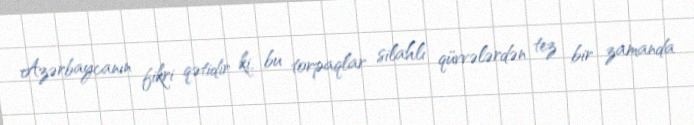
Azərbaycanın fikri qətidir ki, bu torpaqlar silahlı qüvvələrdən tez bir zamanda